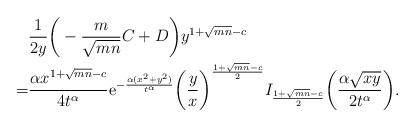
LaTeX: \begin{align*} &\frac{1}{2y}\bigg(-\frac{m}{\sqrt{mn}}C+D\bigg)y^{1+\sqrt{mn}-c}\\ ~~=&\frac{\alpha x^{1+\sqrt{mn}-c}}{4t^\alpha} \mathrm{e}^{-\frac{\alpha(x^2+y^2)}{t^\alpha}}\bigg(\frac yx\bigg)^{\frac{1+\sqrt{mn}-c}{2}}I_{\frac{1+\sqrt{mn}-c}{2}}\bigg(\frac{\alpha\sqrt{xy}}{2t^\alpha}\bigg).\end{align*}